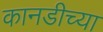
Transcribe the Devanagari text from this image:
कानडीच्या